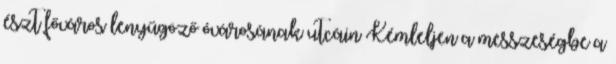
észt főváros lenyűgöző óvárosának utcáin Kémleljen a messzeségbe a